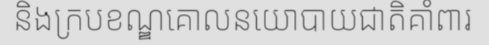
និងក្របខណ្ឌគោលនយោបាយជាតិគាំពារ